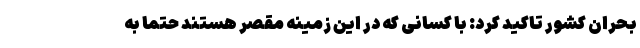
بحران کشور تاکید کرد: با کسانی که در این زمینه مقصر هستند حتماً به